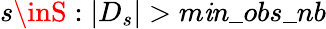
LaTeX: s\inS:|D_{s}|>m\mathit{i}n\_ obs\_ nb